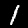
Digit: 1